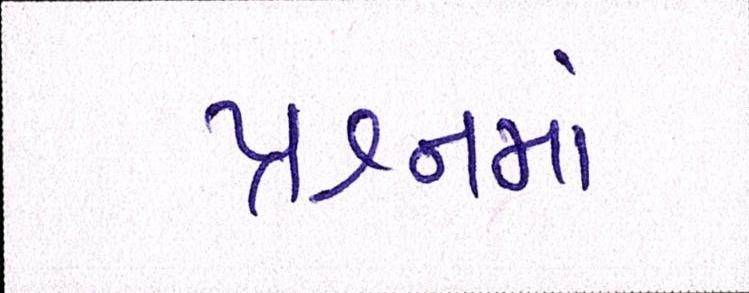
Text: પ્રશ્નમાં